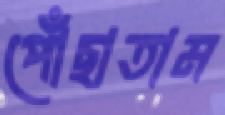
পোঁছাতাম